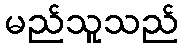
မည်သူသည်